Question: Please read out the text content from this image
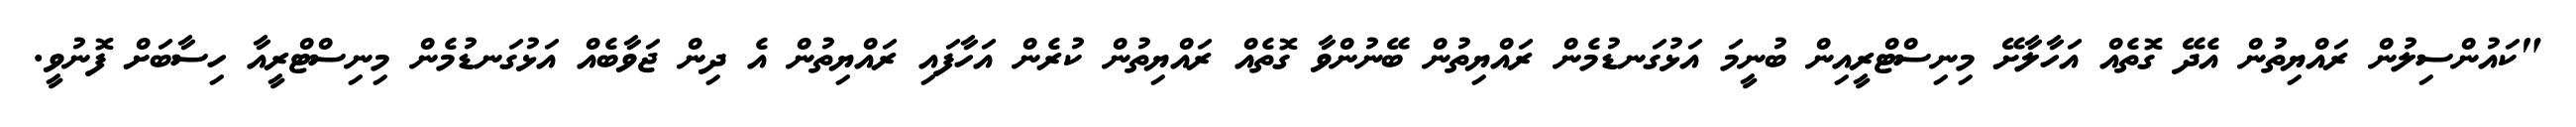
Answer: "ކައުންސިލުން ރައްޔިތުން އެދޭ ގޮތެއް އަހާލާށޭ މިނިސްޓްރީއިން ބުނީމަ އަޅުގަނޑުމެން ރައްޔިތުން ބޭނުންވާ ގޮތެއް ރައްޔިތުން ކުރެން އަހާފައި ރައްޔިތުން އެ ދިން ޖަވާބެއް އަޅުގަނޑުމެން މިނިސްޓްރީއާ ހިސާބަށް ފޮނުވީ.